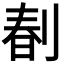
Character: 𠝩